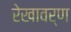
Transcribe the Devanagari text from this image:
रेखावर्ण